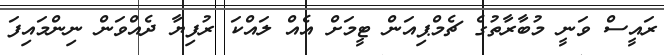
ރައީސް ވަނީ މުބާރާތުގެ ޗެމްޕިއަން ޓީމަށް އެއް ލައްކަ ރުފިޔާ ދެއްވަން ނިންމައިފަ